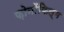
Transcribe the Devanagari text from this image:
फ़ोनोंफिल्म